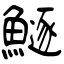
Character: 鱁